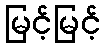
မြင့်မြင့်